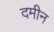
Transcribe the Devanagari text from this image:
दमीन